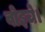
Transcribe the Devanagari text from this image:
वोइचे।